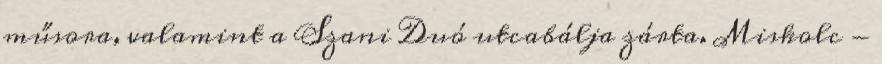
műsora, valamint a Szani Duó utcabálja zárta. Miskolc -